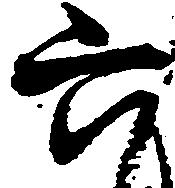
六